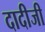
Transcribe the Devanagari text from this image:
दादीजी